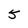
Character: 5